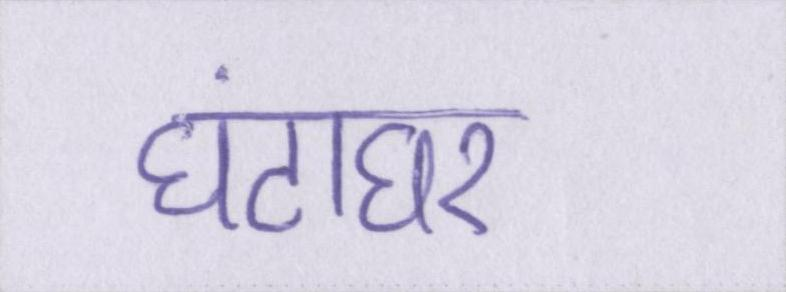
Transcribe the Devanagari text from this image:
घंटाघर